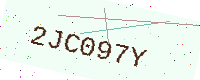
Text: 2JC097Y